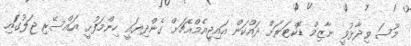
މޫސަ ވިދާޅުވީ ނާޒިމް ޑޮކްޓަރަށް ދައްކަން އައިޖީއެމްއެޗަށް ގެންދިޔައީ ހިންމަފުށީ އައްސޭރި ޖަލުގައި